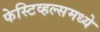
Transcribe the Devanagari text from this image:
फेस्टिव्हल्समध्ये